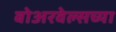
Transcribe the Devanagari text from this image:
बोअरवेल्सच्या